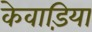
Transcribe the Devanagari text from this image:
केवाड़िया